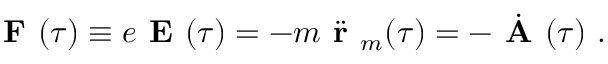
\textbf { F } ( \tau ) \equiv e \textbf { E } ( \tau ) = - m \Ddot { \textbf { r } } _ { m } ( \tau ) = - \dot { \textbf { A } } ( \tau ) ~ .